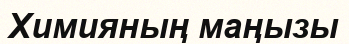
Химияның маңызы